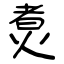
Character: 煑